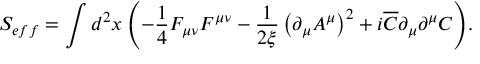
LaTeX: S _ { e f f } = \int { d ^ { 2 } x \left( { - \frac { 1 } { 4 } F _ { \mu \nu } F ^ { \mu \nu } - \frac { 1 } { { 2 \xi } } \left( { \partial _ { \mu } A ^ { \mu } } \right) ^ { 2 } + i \overline { { C } } \partial _ { \mu } \partial ^ { \mu } C } \right) } .